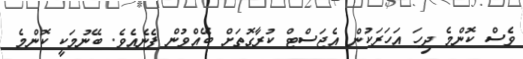
ވެސް ކޮންމެ ދިހަ އަހަރަކުން އެޖަސްޓް ކުރާގޮތަށް ބޭއްވުން ފެނެއެވެ. ބޭނުމަކީ ކޮންމެ